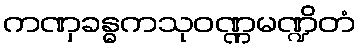
ကဏှခန္ဓကသုဝဏ္ဏမဏ္ဍိတံ